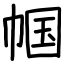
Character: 帼